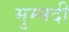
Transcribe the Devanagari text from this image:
मुम्मदी